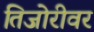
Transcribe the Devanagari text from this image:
तिजोरीवर